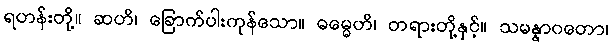
ရဟန်းတို့။ ဆဟိ၊ ခြောက်ပါးကုန်သော။ ဓမ္မေဟိ၊ တရားတို့နှင့်။ သမန္နာဂတော၊